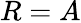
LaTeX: R=A